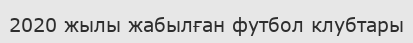
2020 жылы жабылған футбол клубтары